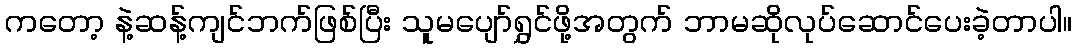
ကတော့ နဲ့ဆန့်ကျင်ဘက်ဖြစ်ပြီး သူမပျော်ရွှင်ဖို့အတွက် ဘာမဆိုလုပ်ဆောင်ပေးခဲ့တာပါ။